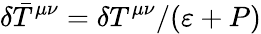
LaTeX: \delta\bar{T}^{\mu\nu}=\delta T^{\mu\nu}/(\varepsilon+P)